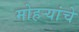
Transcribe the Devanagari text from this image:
मोहऱ्यांचे